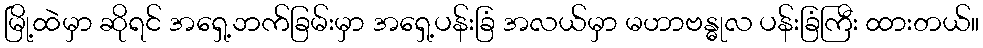
မြို့ထဲမှာ ဆိုရင် အရှေ့ဘက်ခြမ်းမှာ အရှေ့ပန်းခြံ အလယ်မှာ မဟာဗန္ဓုလ ပန်းခြံကြီး ထားတယ်။